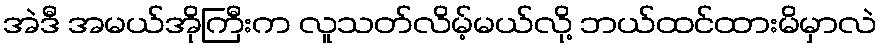
အဲဒီ အမယ်အိုကြီးက လူသတ်လိမ့်မယ်လို့ ဘယ်ထင်ထားမိမှာလဲ